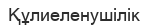
Құлиеленушілік